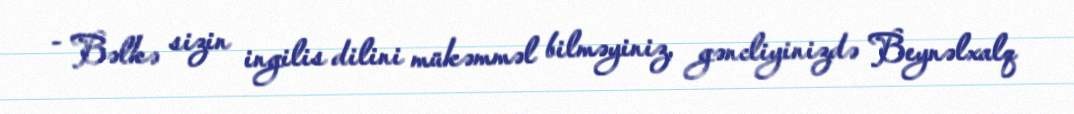
- Bəlkə sizin ingilis dilini mükəmməl bilməyiniz, gəncliyinizdə Beynəlxalq